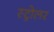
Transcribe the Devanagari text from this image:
स्ट्रोलर